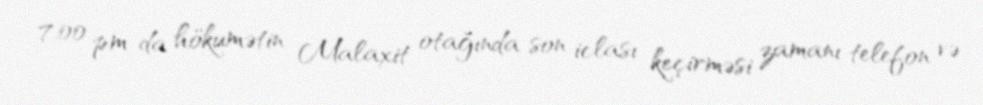
7:00 pm-da hökumətin Malaxit otağında son iclası keçirməsi zamanı telefon və